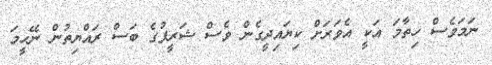
ނަމަވެސް ހިތާމަ އަކީ އެވަރަށް ކިޔައިދީގެން ވެސް ޝަރީފުގެ ބަސް ރައްޔިތުން ނޭހީމަ